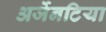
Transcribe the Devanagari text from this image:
अर्जेनटिया